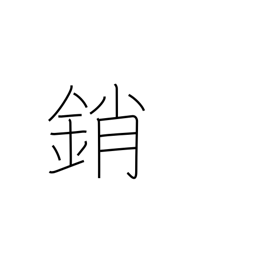
Meaning: shut (door)